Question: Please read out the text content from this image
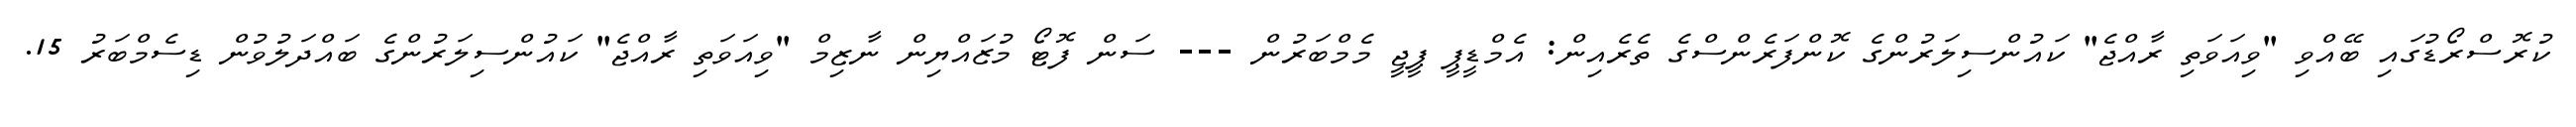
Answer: ކުރޮސްރޯޑުގައި ބޭއްވި "ވިއަވަތި ރާއްޖެ" ކައުންސިލަރުންގެ ކޮންފަރެންސްގެ ތެރެއިން: އެމްޑީޕީ ޕީޖީ މެމްބަރުން --- ސަން ފޮޓޯ މުޒައްޔިން ނާޒިމް "ވިއަވަތި ރާއްޖެ" ކައުންސިލަރުންގެ ބައްދަލުވުން ޑިސެމްބަރު 15.